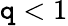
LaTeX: \mathtt{q}<1